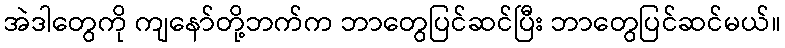
အဲဒါတွေကို ကျနော်တို့ဘက်က ဘာတွေပြင်ဆင်ပြီး ဘာတွေပြင်ဆင်မယ်။